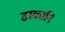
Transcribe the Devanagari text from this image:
ढाळानि